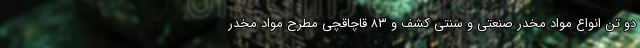
دو تن انواع مواد مخدر صنعتی و سنتی کشف و ۸۳ قاچاقچی مطرح مواد مخدر